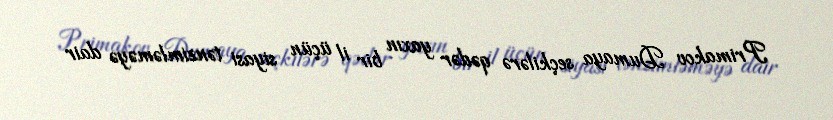
Primakov Dumaya seçkilərə qədər yaxın bir il üçün siyasi tənzimləməyə dair